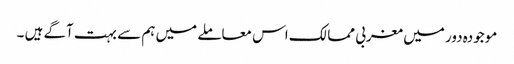
موجودہ دور میں مغربی ممالک اس معاملے میں ہم سے بہت آگے ہیں ۔